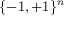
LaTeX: \{ - 1 , + 1 \} ^ { n }